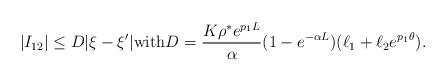
LaTeX: \begin{align*}|I_{12}|\leq D|\xi-\xi'| \textnormal{with} D=\frac{K\rho^{*} e^{p_{1}L}}{\alpha}(1-e^{-\alpha L})(\ell_{1}+\ell_{2}e^{p_{1}\theta}).\end{align*}